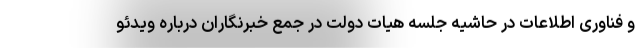
و فناوری اطلاعات در حاشیه جلسه هیات دولت در جمع خبرنگاران درباره ویدئو